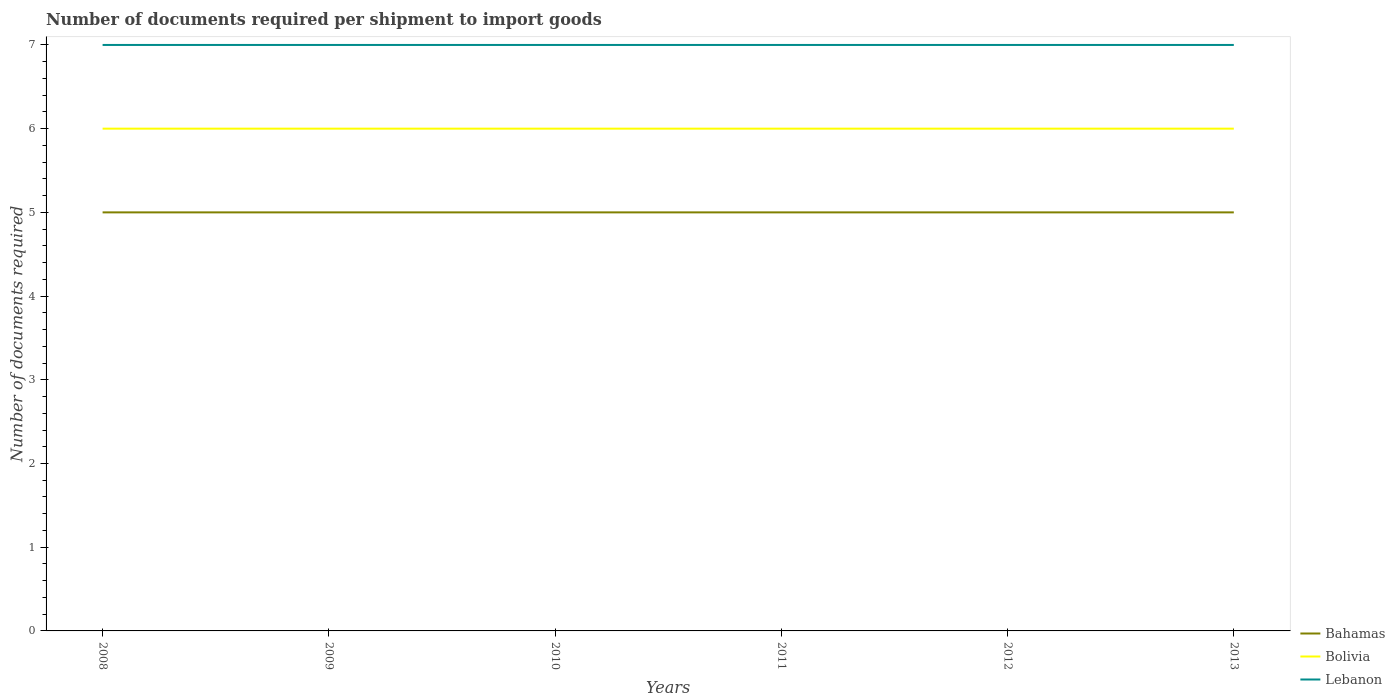
| Years | Bahamas | Bolivia | Lebanon |
 | --- | --- | --- | --- |
 | 2008 | 5 | 6 | 7 |
 | 2009 | 5 | 6 | 7 |
 | 2010 | 5 | 6 | 7 |
 | 2011 | 5 | 6 | 7 |
 | 2012 | 5 | 6 | 7 |
 | 2013 | 5 | 6 | 7 |